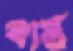
কাল্লু